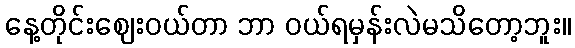
နေ့တိုင်းဈေးဝယ်တာ ဘာ ဝယ်ရမှန်းလဲမသိတော့ဘူး။